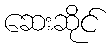
ဆေးဆိုင်